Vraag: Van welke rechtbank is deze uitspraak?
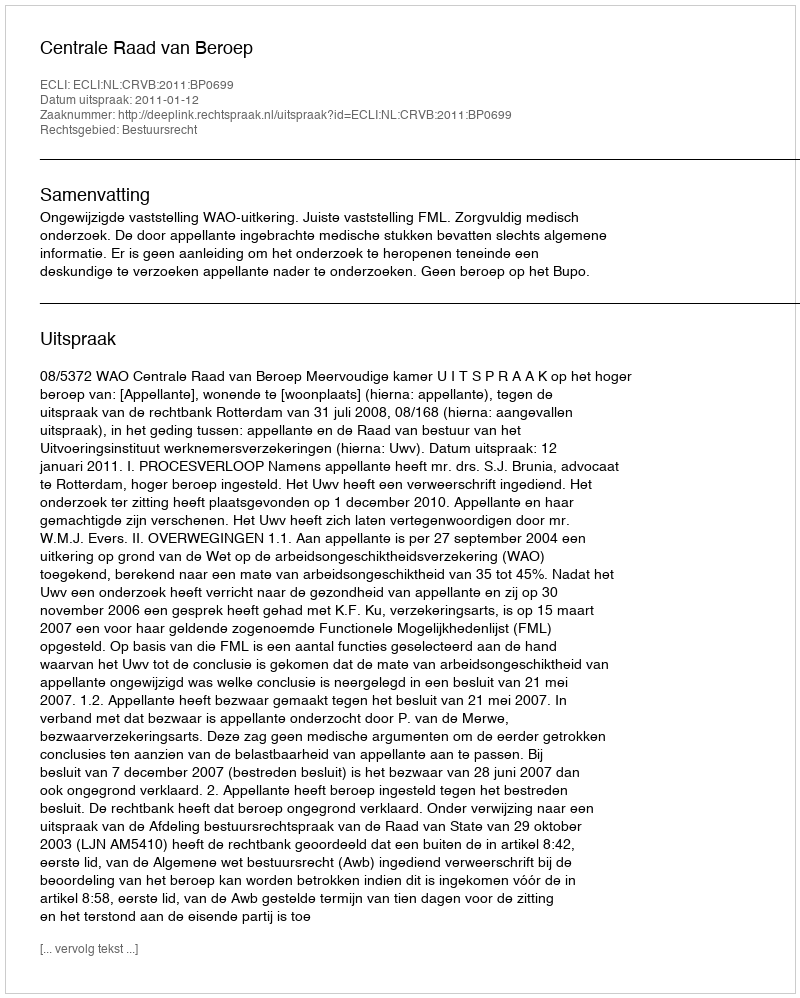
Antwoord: Centrale Raad van Beroep